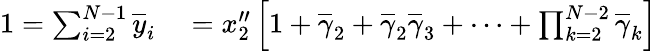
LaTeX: \begin{array}{rl}{1=\sum_{i=2}^{N-1}\overline{{y}}_{i}}&{{}=x_{2}^{\prime\prime}\left[1+\overline{{\gamma}}_{2}+\overline{{\gamma}}_{2}\overline{{\gamma}}_{3}+\cdots+\prod_{k=2}^{N-2}\overline{{\gamma}}_{k}\right]}\end{array}